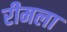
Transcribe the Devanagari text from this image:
रीमला